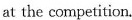
at the competition.